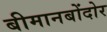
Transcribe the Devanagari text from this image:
बीमानबोंदोर